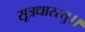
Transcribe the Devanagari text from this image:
सूत्रधारस्तु।।